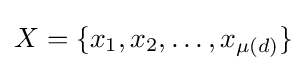
X=\{x_{1},x_{2},\dots ,x_{\mu (d)}\}